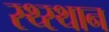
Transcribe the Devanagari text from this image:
स्‍थ्‍स्थान